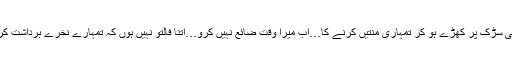
مجھے کوئی شوق نہیں ہے یوں ہی سڑک پر کھڑے ہو کر تمہاری منتیں کرنے کا…اب میرا وقت ضائع نہیں کرو…اتنا فالتو نہیں ہوں کہ تمہارے نخرے برداشت کروں…‘‘ وہ اب بھی ہانک رہا تھا۔